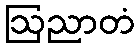
ဩညာတံ